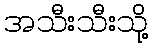
အသီးသီးသို့